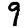
Digit: 9